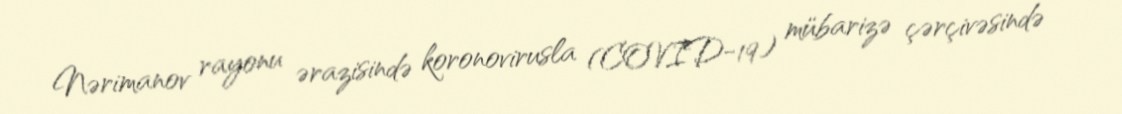
Nərimanov rayonu ərazisində koronovirusla (COVID-19) mübarizə çərçivəsində